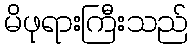
မိဖုရားကြီးသည်